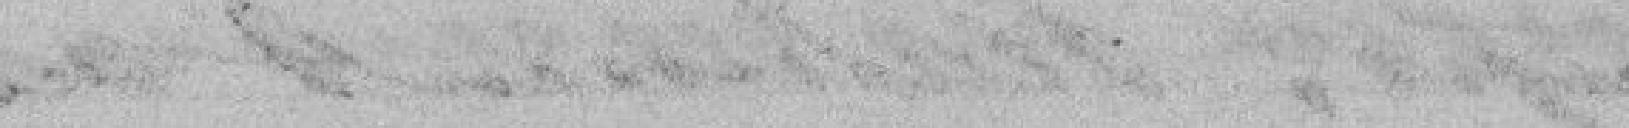
la belle défense et les malheurs de la ville, s'adresse